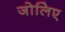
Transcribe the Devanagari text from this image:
जोलिए